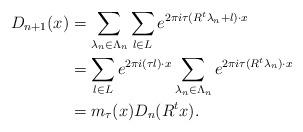
LaTeX: \begin{align*}D_{n+1}(x) &= \sum_{\lambda_{n}\in \Lambda_{n}}\sum_{l\in L}e^{2\pi i\tau(R^t\lambda_{n}+l)\cdot x} \\ &= \sum_{l\in L}e^{2\pi i (\tau l) \cdot x}\sum_{\lambda_{n}\in \Lambda_{n}}e^{2\pi i\tau (R^t\lambda_{n})\cdot x}\\ &=m_\tau(x)D_n(R^t x).\end{align*}